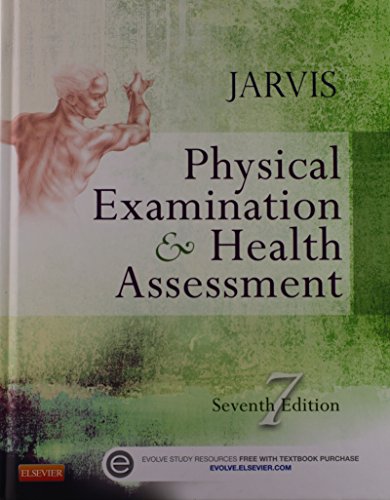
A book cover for Physical Examination and Health Assessment, 7e; Carolyn Jarvis PhD  APN  CNP; Medical Books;